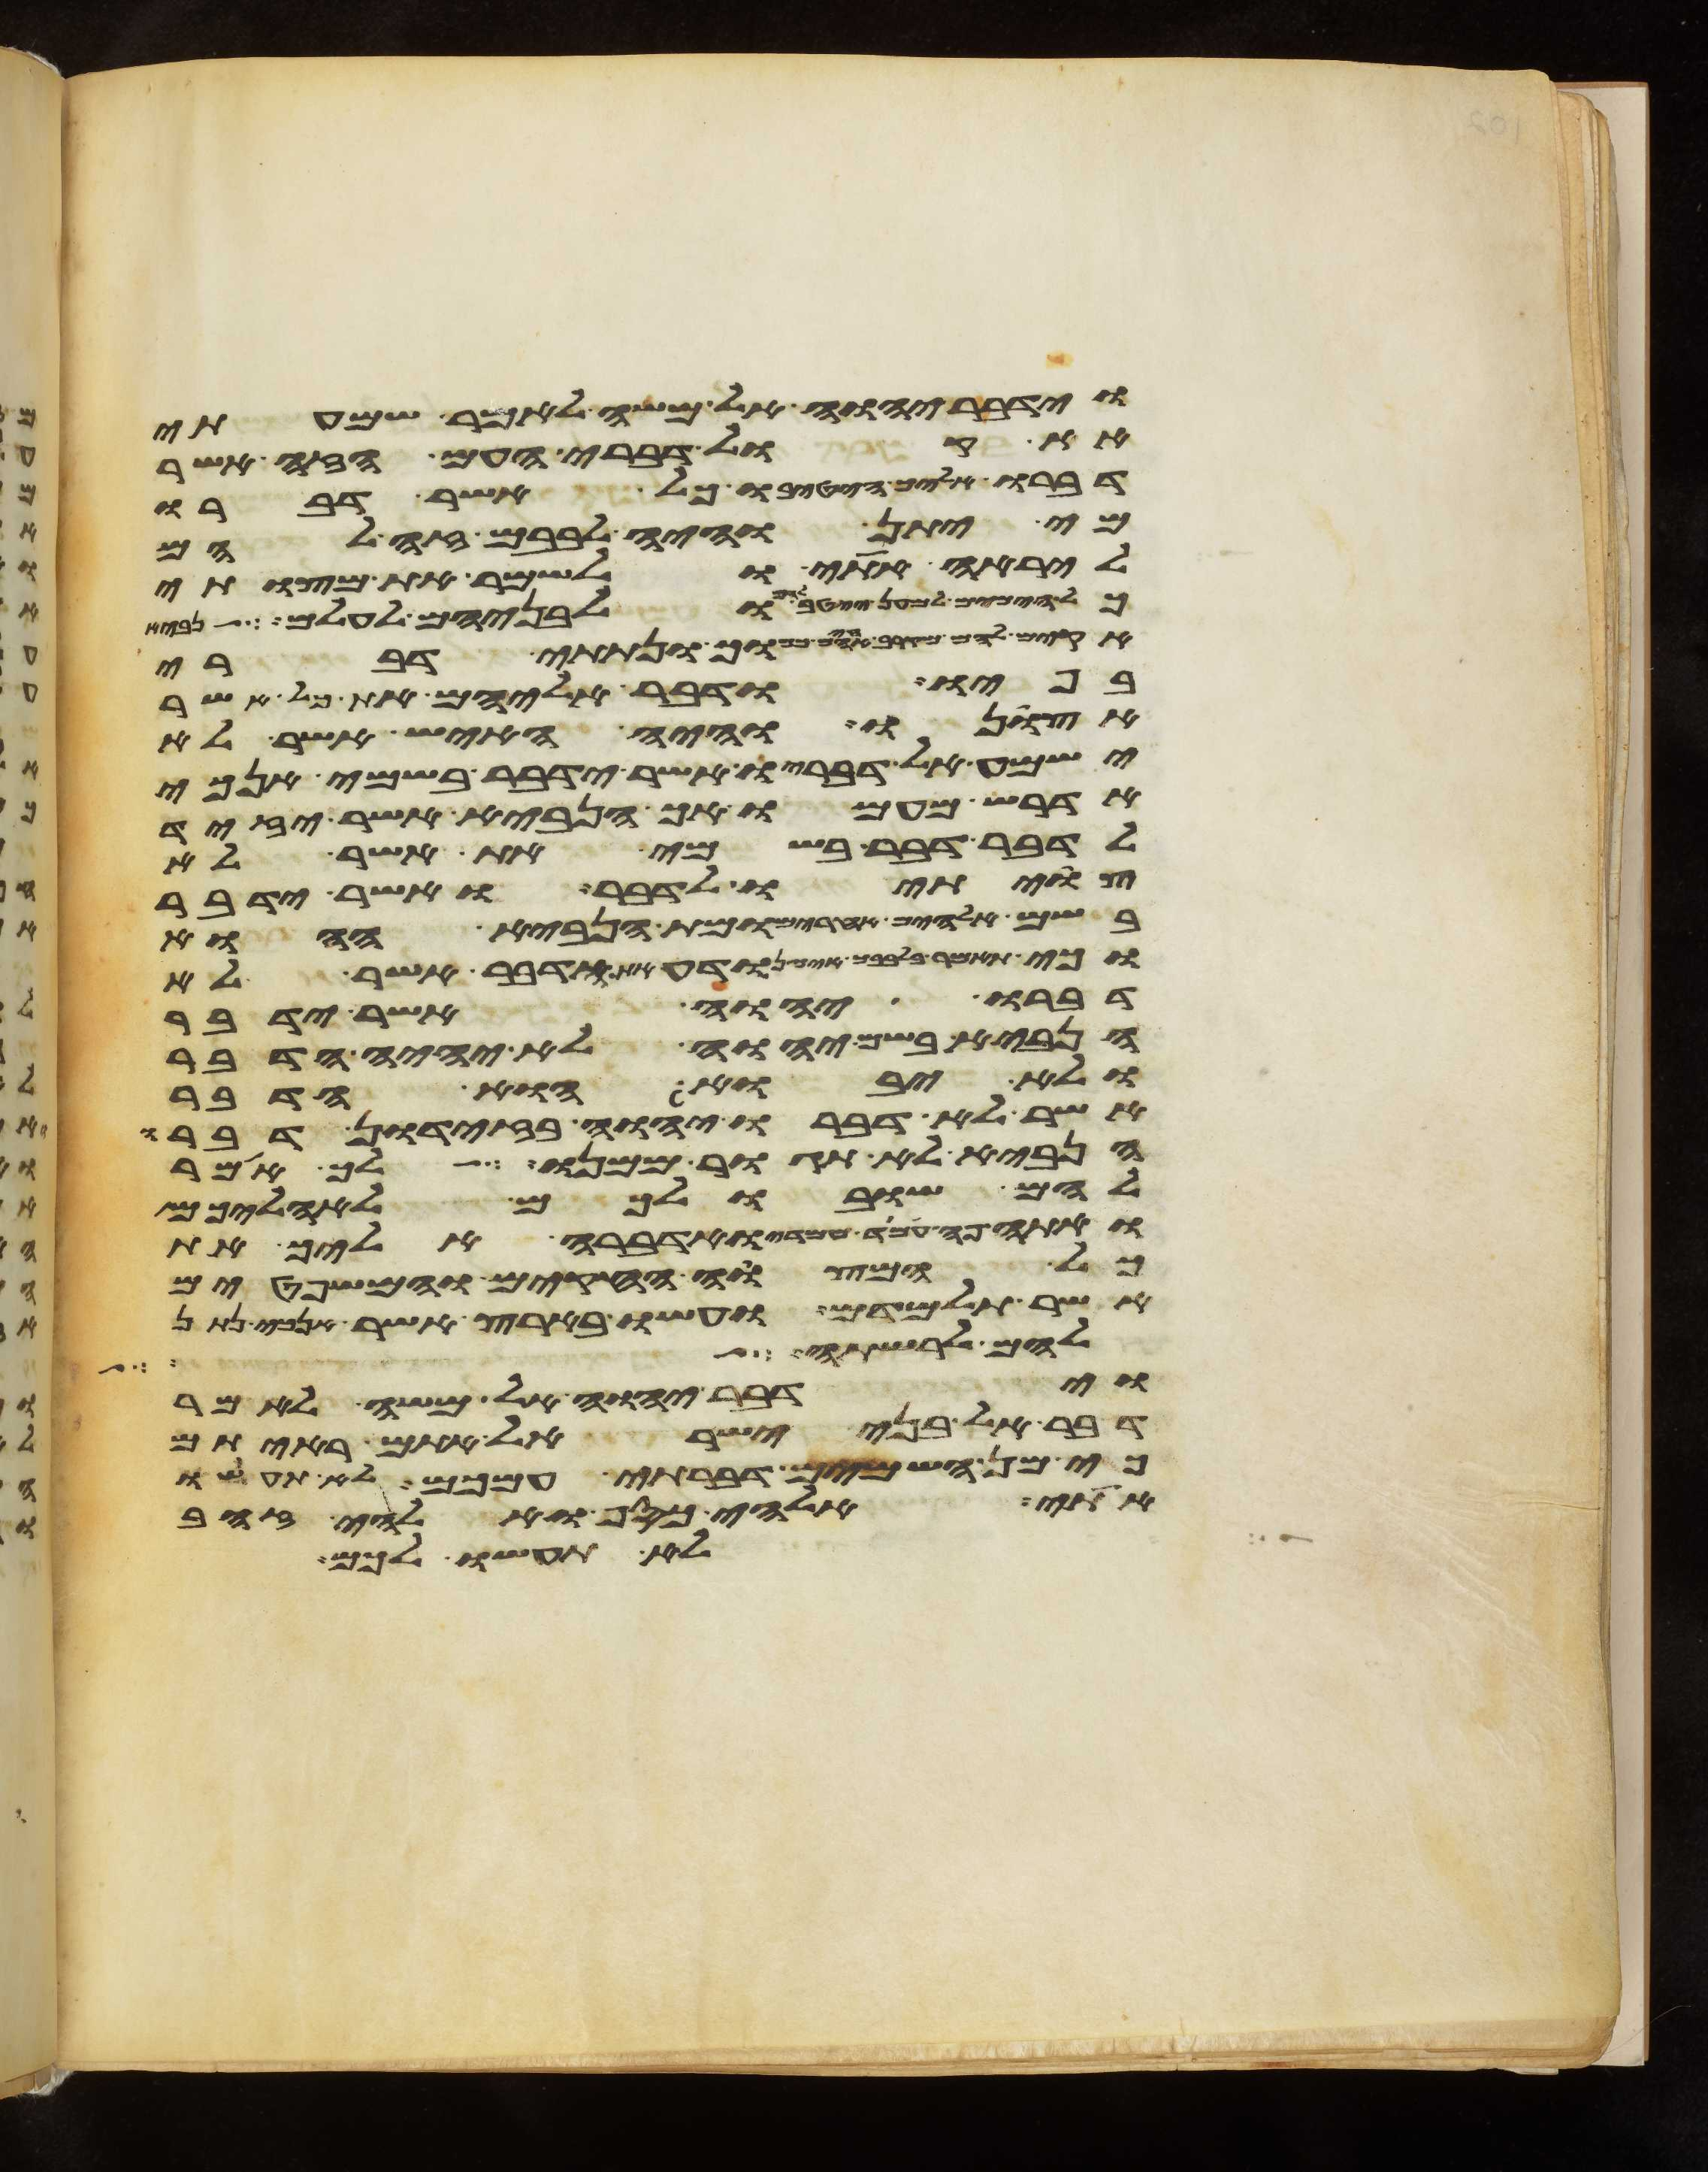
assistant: וידבר יהוה אל משה לאמר שמעתי
את קול דברי העם הזה אשר
דברו אליך הטיבו כל אשר דברו
מי יתן והיה לבבם זה להם
ליראה אתי ולשמר את מצותי
כל הימים למען ייטב להם ולבניהם לעולם לך
אקים להם מקרב אחיהם כמוך ונתתי דברי
בפיו ודבר אליהם את כל אשר
אצונו והיה האיש אשר לא
ישמע אל דבריו אשר ידבר בשמי אנכי
אדרש מעמו אך הנביא אשר יזיד
לדבר דבר בשמי את אשר לא
צויתיו לדבר ואשר ידבר
בשם אלהים אחרים ומת הנביא ההוא
וכי תאמר בלבבך איך נודע את הדבר אשר לא
דברו יהוה אשר ידבר
הנביא בשם יהוה לא יהיה הדבר
ולא יבוא הוא הדבר
אשר לא דברו יהוה בזדון דברו
הנביא לא תגור ממנו לך אמר
להם שובו לכם לאהליכם
ואתה פה עמד עמדי ואדברה אליך את
כל המצוה החקים והמשפטים
אשר תלמדם ועשו בארץ אשר אנכי נתן
להם לרשתה
וידבר יהוה אל משה לאמר
דבר אל בני ישראל אתם ראיתם
כי מן השמים דברתי עמכם לא תעשו
אתי אלהי כסף ואלהי זהב
לא תעשו לכם